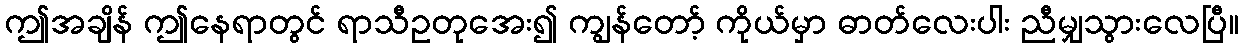
ဤအချိန် ဤနေရာတွင် ရာသီဥတုအေး၍ ကျွန်တော့် ကိုယ်မှာ ဓာတ်လေးပါး ညီမျှသွားလေပြီ။